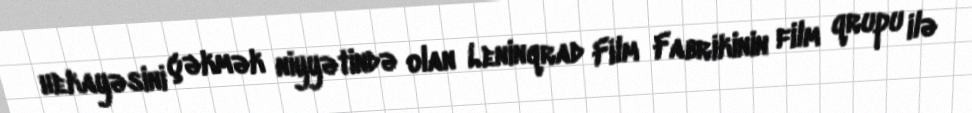
hekayəsini çəkmək niyyətində olan Leninqrad Film Fabrikinin film qrupu ilə